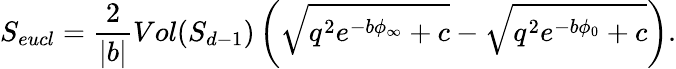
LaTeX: S_{eucl}={\frac{2}{|b|}}Vol(S_{d-1})\left(\sqrt{q^{2}e^{-b\phi_{\infty}}+c}-\sqrt{q^{2}e^{-b\phi_{0}}+c}\right).